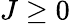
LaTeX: J\geq 0